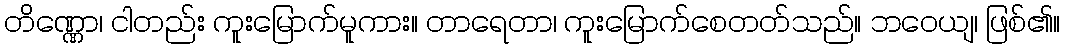
တိဏ္ဏော၊ ငါတည်း ကူးမြောက်မူကား။ တာရေတာ၊ ကူးမြောက်စေတတ်သည်။ ဘဝေယျ၊ ဖြစ်၏။